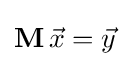
\mathbf {M} \,{\vec {x}}={\vec {y}}